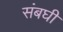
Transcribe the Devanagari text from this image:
संबघी